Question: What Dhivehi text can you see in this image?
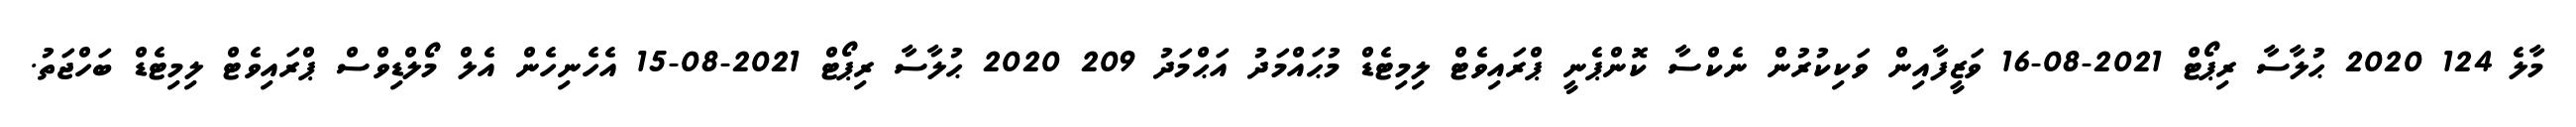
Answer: މާލެ 124 2020 ޙުލާސާ ރިޕޯޓް 2021-08-16 ވަޒީފާއިން ވަކިކުރުން ނެކްސާ ކޮންޕެނީ ޕްރައިވެޓް ލިމިޓެޑް މުޙައްމަދު އަޙްމަދު 209 2020 ޙުލާސާ ރިޕޯޓް 2021-08-15 އެހެނިހެން އެލް މޯލްޑިވްސް ޕްރައިވެޓް ލިމިޓެޑް ބަހްޖަތު.